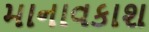
માનાવકાશ